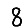
Digit: 8